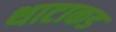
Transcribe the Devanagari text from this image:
थाटाकड